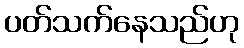
ပတ်သက်နေသည်ဟု